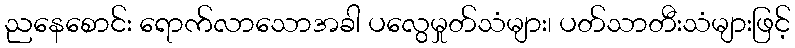
ညနေစောင်း ရောက်လာသောအခါ ပလွေမှုတ်သံများ၊ ပတ်သာတီးသံများဖြင့်